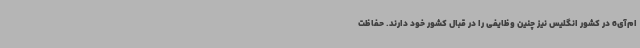
ام‌آی6 در کشور انگلیس نیز چنین وظایفی را در قبال کشور خود دارند. حفاظت